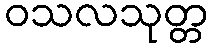
ဝသလသုတ္တ